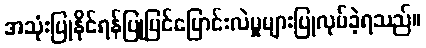
အသုံးပြုနိုင်ရန်ပြုပြင်ပြောင်းလဲမှုများပြုလုပ်ခဲ့ရသည်။